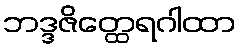
ဘဒ္ဒဇိတ္ထေရဂါထာ